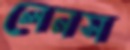
লেনস